Report on the bubonic plague in Bombay, 1896-1897
Year: 1896
Disease focus: Plague
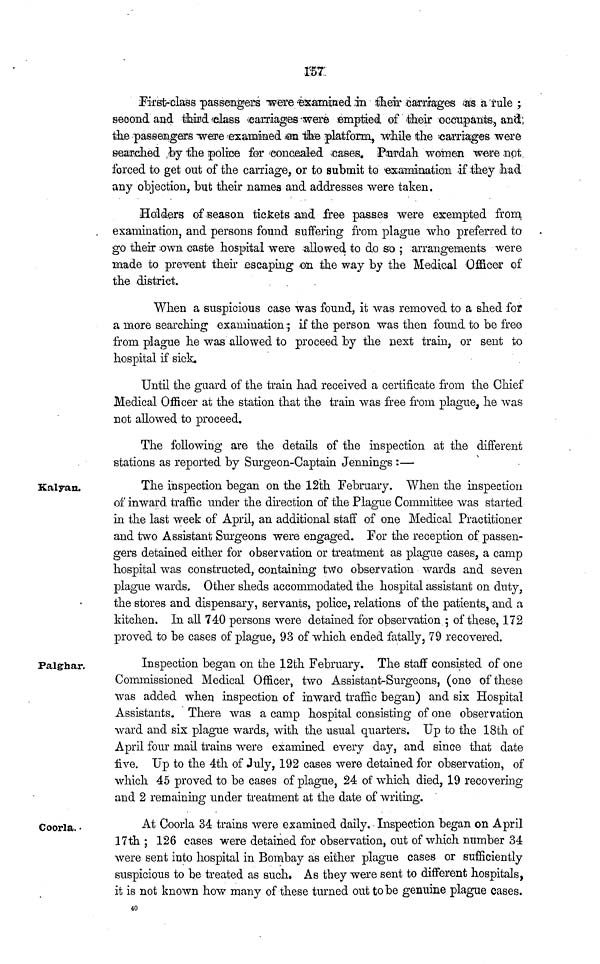
157
First-class passengers were examined in their carriages as a rule ;
second and third class carriages were emptied of their occupants, and
the passengers were examined on the platform, while the carriages were
searched by the police for concealed cases. Purdah women were not
forced to get out of the carriage, or to submit to examination if they had
any objection, but their names and addresses were taken.
Holders of season tickets and free passes were exempted from
examination, and persons found suffering from plague who preferred to
go their own caste hospital were allowed to do so ; arrangements were
made to prevent their escaping on the way by the Medical Officer of
the district.
When a suspicious case was found, it was removed to a shed for
a more searching examination ; if the person was then found to be free
from plague he was allowed to proceed by the next train, or sent to
hospital if sick.
Until the guard of the train had received a certificate from the Chief
Medical Officer at the station that the train was free from plague, he was
not allowed to proceed.
The following are the details of the inspection at the different
stations as reported by Surgeon-Captain Jennings :—
Kalyan.
The inspection began on the 12th February. When the inspection
of inward traffic under the direction of the Plague Committee was started
in the last week of April, an additional staff of one Medical Practitioner
and two Assistant Surgeons were engaged. For the reception of passen-
gers detained either for observation or treatment as plague cases, a camp
hospital was constructed, containing two observation wards and seven
plague wards. Other sheds accommodated the hospital assistant on duty,
the stores and dispensary, servants, police, relations of the patients, and a
kitchen. In all 740 persons were detained for observation ; of these, 172
proved to be cases of plague, 93 of which ended fatally, 79 recovered.
Palghar.
Inspection began on the 12th February. The staff consisted of one
Commissioned Medical Officer, two Assistant-Surgeons, (one of these
was added when inspection of inward traffic began) and six Hospital
Assistants. There was a camp hospital consisting of one observation
ward and six plague wards, with the usual quarters. Up to the 18th of
April four mail trains were examined every day, and since that date
five. Up to the 4th of July, 192 cases were detained for observation, of
which 45 proved to be cases of plague, 24 of which died, 19 recovering
and 2 remaining under treatment at the date of writing.
Coorla.
At Coorla 34 trains were examined daily. Inspection began on April
17th ; 126 cases were detained for observation, out of which number 34
were sent into hospital in Bombay as either plague cases or sufficiently
suspicious to be treated as such. As they were sent to different hospitals,
it is not known how many of these turned out to be genuine plague cases.
40